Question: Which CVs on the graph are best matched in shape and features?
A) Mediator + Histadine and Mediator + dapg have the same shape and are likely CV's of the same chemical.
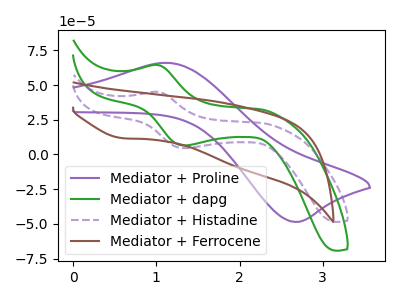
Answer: <think>The purple curve "Mediator + Proline" has an anodic peak at (1.10V, 66.00uA) and a cathodic peak at (2.65V, -48.50uA). The green curve "Mediator + dapg" has an anodic peak at (1.00V, 64.40uA) and a cathodic peak at (1.35V, 6.50uA). The purple dashed curve "Mediator + Histadine" has an anodic peak at (1.00V, 45.10uA) and a cathodic peak at (1.35V, 4.55uA). The brown curve "Mediator + Ferrocene" has a cathodic peak at: (0.60V, 11.75uA).
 "Mediator + Proline" and "Mediator + dapg" have at least one peak that do not match. "Mediator + Proline" and "Mediator + Histadine" have at least one peak that do not match. "Mediator + Proline" and "Mediator + Ferrocene" have a different number of peaks. All the peaks in "Mediator + dapg" have a peak in "Mediator + Histadine" at the same potential. "Mediator + dapg" and "Mediator + Ferrocene" have a different number of peaks. "Mediator + Histadine" and "Mediator + Ferrocene" have a different number of peaks.</think>
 <answer>A) "Mediator + Histadine" and "Mediator + dapg" have the same shape and are likely CV's of the same chemical.</answer>
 <eval>A</eval>